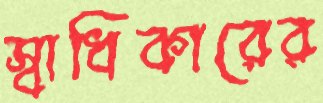
স্বাধিকারের